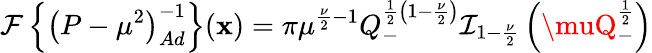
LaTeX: {\cal{F}}\left\{ \left(P-{\mu}^{2}\right)_{Ad}^{-1}\right\} (\mathbf{x})=\pi{\mu}^{\frac{{\nu}}{{2}}-1}Q_{-}^{\frac{{1}}{{2}}\left(1-\frac{{\nu}}{{2}}\right)}{\cal{I}}_{1-\frac{{\nu}}{{2}}}\left(\muQ_{-}^{\frac{{1}}{{2}}}\right)